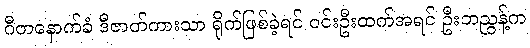
ဂီတနောက်ခံ ဒီဇာတ်ကားသာ ရိုက်ဖြစ်ခဲ့ရင် ဝင်းဦးထက်အရင် ဦးဘညွန့်က